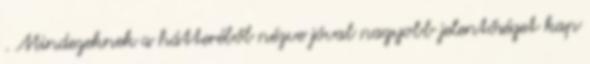
. Mindezeknek a hátteréből nézve jóval nagyobb jelentőséget kap